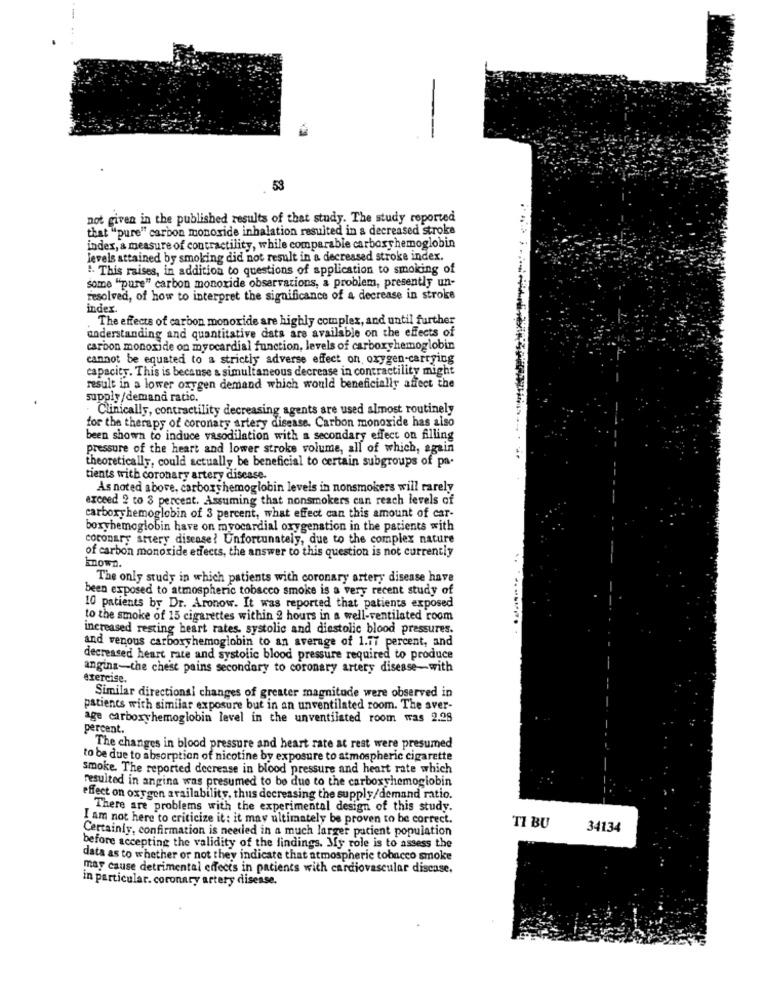
53
not given in the published results of that study. The study reported
that "pure" carbon monoxide inhalation resulted in a decreased stroke
index, a measure of contractility, while comparable carboxy hemoglobin
levels attained by smoking did not result in a decreased stroke index.
". This raises, in addition to questions of application to smoking of
some "pure" carbon monoxide observations, a problem, presently un-
resolved, of how to interpret the significance of a decrease in stroke
index.
. The effects of carbon monoxide are highly complex, and until further
understanding and quantitative dats are available on the effects of
carbon monoxide on myocardial function, levels of carboxyhemoglobin
cannot be equatedi to a strictly adverse effect on, oxygen-carrying
capacity. This is because a simultaneous decrease in contractility might
result in a lower oxygen demand which would beneficially affect the
supply/demand ratio.
. Clinically, contractility decreasing agents are used almost routinely
for the therapy of coronary artery disease. Carbon monoxide has also
been shown to induce vasodilation with a secondary effect on filling
pressure of the heart and lower stroke volume, all of which, again
theoretically, could actually be beneficial to certain subgroups of pa-
tients with coronary artery disease.
As noted above, carboryhemoglobin levels in nonsmokers will rarely
exceed 2 to 3 percent. Assuming that nonsmokers can reach levels of
carboxyhemoglobin of 3 percent, what effect can this amount of car-
boxyhemoglobin have on myocardial oxygenation in the patients with
coronary artery disease? Unfortunately, due to the complex nature
of carbon monoxide effects, the answer to this question is not currently
Known.
The only study in which patients with coronary artery disease have
been exposed to atmospheric tobacco smoke is a very recent study of
10 patients by Dr. Aronow. It was reported that patients exposed
to the smoke of 15 cigarettes within 2 hours in a well-ventilated room
increased resting heart rates. systolic and diestolic blood pressures.
and venous carboxyhemoglobin to an average of 1.77 percent, and
decreased heart rate and systolic blood pressure required to produce
angina-the chest pains secondary to coronary artery disease-with
exercise.
Similar directional changes of greater magnitude were observed in
patients with similar exposure but in an unventilated room. The sver-
age carboxyhemoglobin level in the unventilated room was 2.28
percent.
The changes in blood pressure and heart rate at rest were presumed
to be due to absorption of nicotine by exposure to atmospheric cigarette
smoke. The reported decrease in blood pressure and heart rate which
resulted in angina was presumed to be due to the carboxyhemoglobin
effect on oxygen availability, thus decreasing the supply/demand ratio.
There are problems with the experimental design of this study.
I am not here to criticize it: it may ultimately be proven to be correct.
Certainly, confirmation is needed in a much larger patient population
TI BU
34134
before accepting the validity of the findings. My role is to assess the
data as to whether or not they indicate that atmospheric tobacco smoke
may cause detrimental effects in patients with cardiovascular disease,
in particular. coronary artery disease.